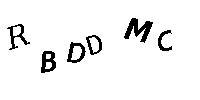
RBDDMC